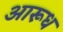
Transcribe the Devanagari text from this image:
आरूध